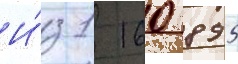
И́з 1 160 895